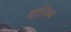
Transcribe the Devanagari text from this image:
हानिम